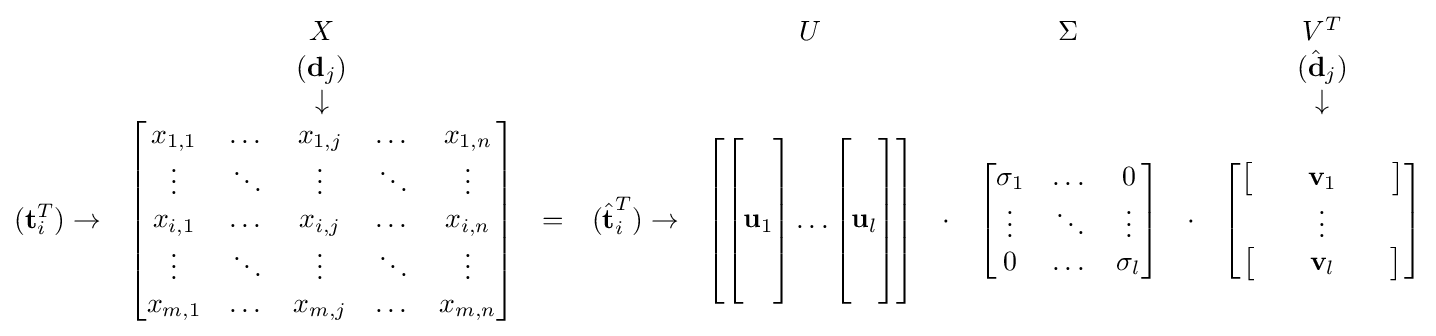
{\begin{matrix}&X&&&U&&\Sigma &&V^{T}\\&({\textbf {d}}_{j})&&&&&&&({\hat {\textbf {d}}}_{j})\\&\downarrow &&&&&&&\downarrow \\({\textbf {t}}_{i}^{T})\rightarrow &{\begin{bmatrix}x_{1,1}&\dots &x_{1,j}&\dots &x_{1,n}\\\vdots &\ddots &\vdots &\ddots &\vdots \\x_{i,1}&\dots &x_{i,j}&\dots &x_{i,n}\\\vdots &\ddots &\vdots &\ddots &\vdots \\x_{m,1}&\dots &x_{m,j}&\dots &x_{m,n}\\\end{bmatrix}}&=&({\hat {\textbf {t}}}_{i}^{T})\rightarrow &{\begin{bmatrix}{\begin{bmatrix}\,\\\,\\{\textbf {u}}_{1}\\\,\\\,\end{bmatrix}}\dots {\begin{bmatrix}\,\\\,\\{\textbf {u}}_{l}\\\,\\\,\end{bmatrix}}\end{bmatrix}}&\cdot &{\begin{bmatrix}\sigma _{1}&\dots &0\\\vdots &\ddots &\vdots \\0&\dots &\sigma _{l}\\\end{bmatrix}}&\cdot &{\begin{bmatrix}{\begin{bmatrix}&&{\textbf {v}}_{1}&&\end{bmatrix}}\\\vdots \\{\begin{bmatrix}&&{\textbf {v}}_{l}&&\end{bmatrix}}\end{bmatrix}}\end{matrix}}